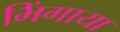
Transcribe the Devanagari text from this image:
भिंगाया